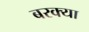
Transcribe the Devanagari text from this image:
बरक्या